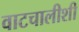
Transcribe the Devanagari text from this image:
वाटचालीशी